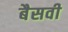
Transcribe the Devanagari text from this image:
बैसवी